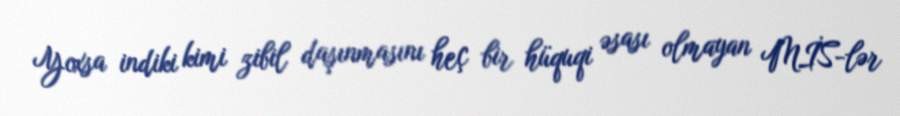
Yoxsa indiki kimi zibil daşınmasını heç bir hüquqi əsası olmayan MİS-lər